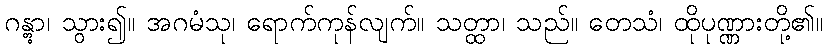
ဂန္တွာ၊ သွား၍။ အဂမံသု၊ ရောက်ကုန်လျက်။ သတ္ထာ၊ သည်။ တေသံ၊ ထိုပုဏ္ဏားတို့၏။